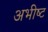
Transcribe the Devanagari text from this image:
अभीष्‍ट